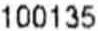
100135